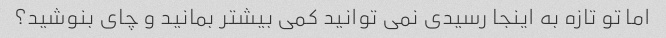
اما تو تازه به اینجا رسیدی نمی توانید کمی بیشتر بمانید و چای بنوشید؟